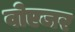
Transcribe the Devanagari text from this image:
वोएजर